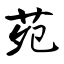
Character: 苑